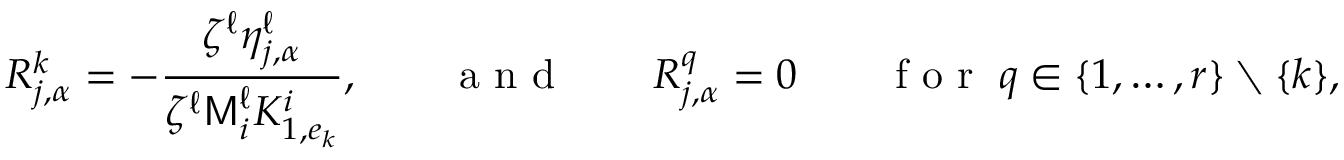
R _ { j , \alpha } ^ { k } = - \frac { \zeta ^ { \ell } \eta _ { j , \alpha } ^ { \ell } } { \zeta ^ { \ell } \mathsf { M } _ { i } ^ { \ell } K _ { 1 , e _ { k } } ^ { i } } , \qquad \mathrm { ~ a ~ n ~ d ~ } \qquad R _ { j , \alpha } ^ { q } = 0 \qquad \mathrm { ~ f ~ o ~ r ~ } \; q \in \{ 1 , \ldots , r \} \setminus \{ k \} ,